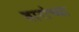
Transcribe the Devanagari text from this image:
वारांच्या